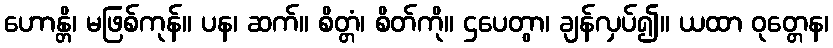
ဟောန္တိ၊ မဖြစ်ကုန်။ ပန၊ ဆက်။ စိတ္တံ၊ စိတ်ကို။ ဌပေတွာ၊ ချန်လှပ်၍။ ယထာ ဝုတ္တေန၊